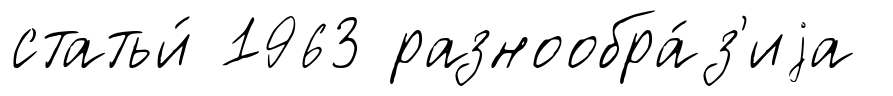
статьи́ 1963 разнообра́з'иjа